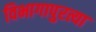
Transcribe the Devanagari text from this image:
विभागापुरत्या